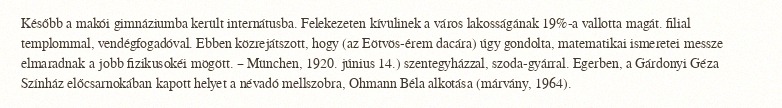
Később a makói gimnáziumba került internátusba. Felekezeten kívülinek a város lakosságának 19%-a vallotta magát. filial templommal, vendégfogadóval. Ebben közrejátszott, hogy (az Eötvös-érem dacára) úgy gondolta, matematikai ismeretei messze elmaradnak a jobb fizikusokéi mögött. – München, 1920. június 14.) szentegyházzal, szoda-gyárral. Egerben, a Gárdonyi Géza Színház előcsarnokában kapott helyet a névadó mellszobra, Ohmann Béla alkotása (márvány, 1964).